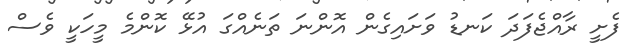
ފެށީ ރާއްޖެފަދަ ކަނޑު ވަށައިގެން އޮންނަ ތަނެއްގަ އުޅޭ ކޮންމެ މީހަކީ ވެސް